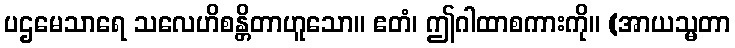
ပဌမေသာရေ သလေဟိစန္တိတာဟူသော။ ဧတံ၊ ဤဂါထာစကားကို။ (အာယသ္မတာ